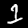
Digit: 1